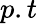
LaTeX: p.t